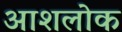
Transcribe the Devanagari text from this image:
आशलोक